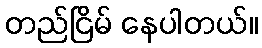
တည်ငြိမ် နေပါတယ်။